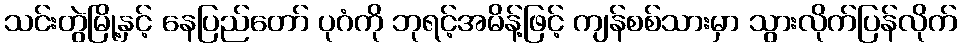
သင်းတွဲမြို့နှင့် နေပြည်တော် ပုဂံကို ဘုရင့်အမိန့်ဖြင့် ကျန်စစ်သားမှာ သွားလိုက်ပြန်လိုက်